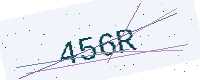
Text: 456R